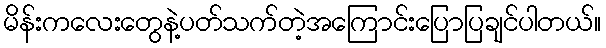
မိန်းကလေးတွေနဲ့ပတ်သက်တဲ့အကြောင်းပြောပြချင်ပါတယ်။